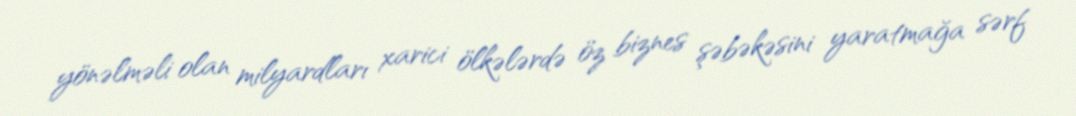
yönəlməli olan milyardları xarici ölkələrdə öz biznes şəbəkəsini yaratmağa sərf